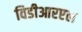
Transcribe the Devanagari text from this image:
विडीआरएल